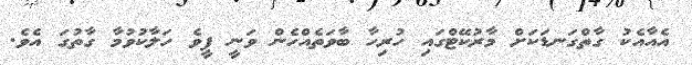
އެއާއެކު ގާތްގަނޑަކަށް މާރުކޭޓްގައި ހުރިހާ ބާވަތެއްހެން ވަނީ ފީވެ ހަލާކުވުމާ ގާތުގަ އެވެ.